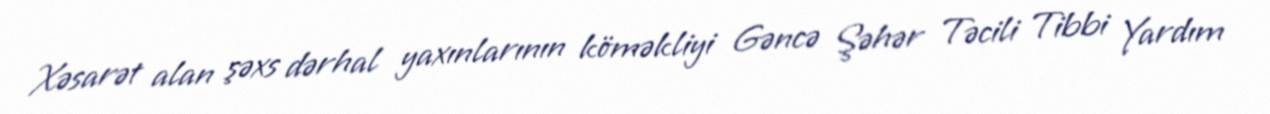
Xəsarət alan şəxs dərhal yaxınlarının köməkliyi Gəncə Şəhər Təcili Tibbi Yardım